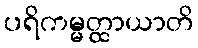
ပရိကမ္မတ္ထာယာတိ